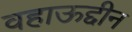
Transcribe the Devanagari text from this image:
वहाऊद्दीन